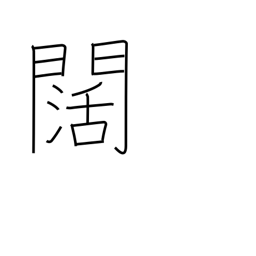
Meaning: wide